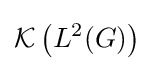
{\mathcal {K}}\left(L^{2}(G)\right)